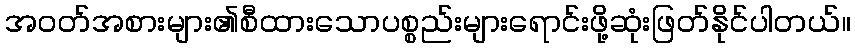
အဝတ်အစားများ၏စီထားသောပစ္စည်းများရောင်းဖို့ဆုံးဖြတ်နိုင်ပါတယ်။